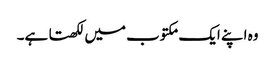
وہ اپنے ایک مکتوب میں لکھتا ہے۔